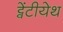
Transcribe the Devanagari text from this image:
ट्वेंटीयेथ